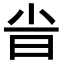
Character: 𣅱